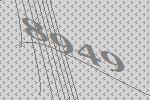
8949